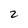
Character: 2